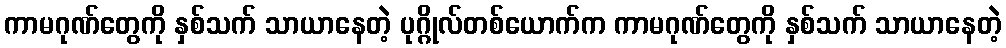
ကာမဂုဏ်တွေကို နှစ်သက် သာယာနေတဲ့ ပုဂ္ဂိုလ်တစ်ယောက်က ကာမဂုဏ်တွေကို နှစ်သက် သာယာနေတဲ့